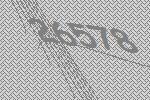
26578